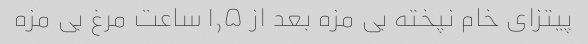
پیتزای خام نپخته بی مزه بعد از ۱٫۵ ساعت مرغ بی مزه